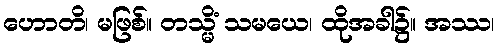
ဟောတိ၊ မဖြစ်။ တသ္မိံ သမယေ၊ ထိုအခါ၌။ အဿ၊